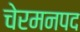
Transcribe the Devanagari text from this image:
चेरमनपद